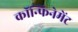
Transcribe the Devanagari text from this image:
कॉन्फिनेमेंट